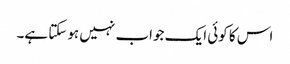
اس کا کوئی ایک جواب نہیں ہوسکتا ہے۔